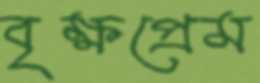
বৃক্ষপ্রেম